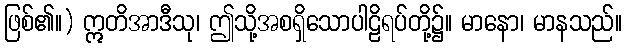
ဖြစ်၏။) ဣတိအာဒီသု၊ ဤသို့အစရှိသောပါဠိရပ်တို့၌။ မာနော၊ မာနသည်။